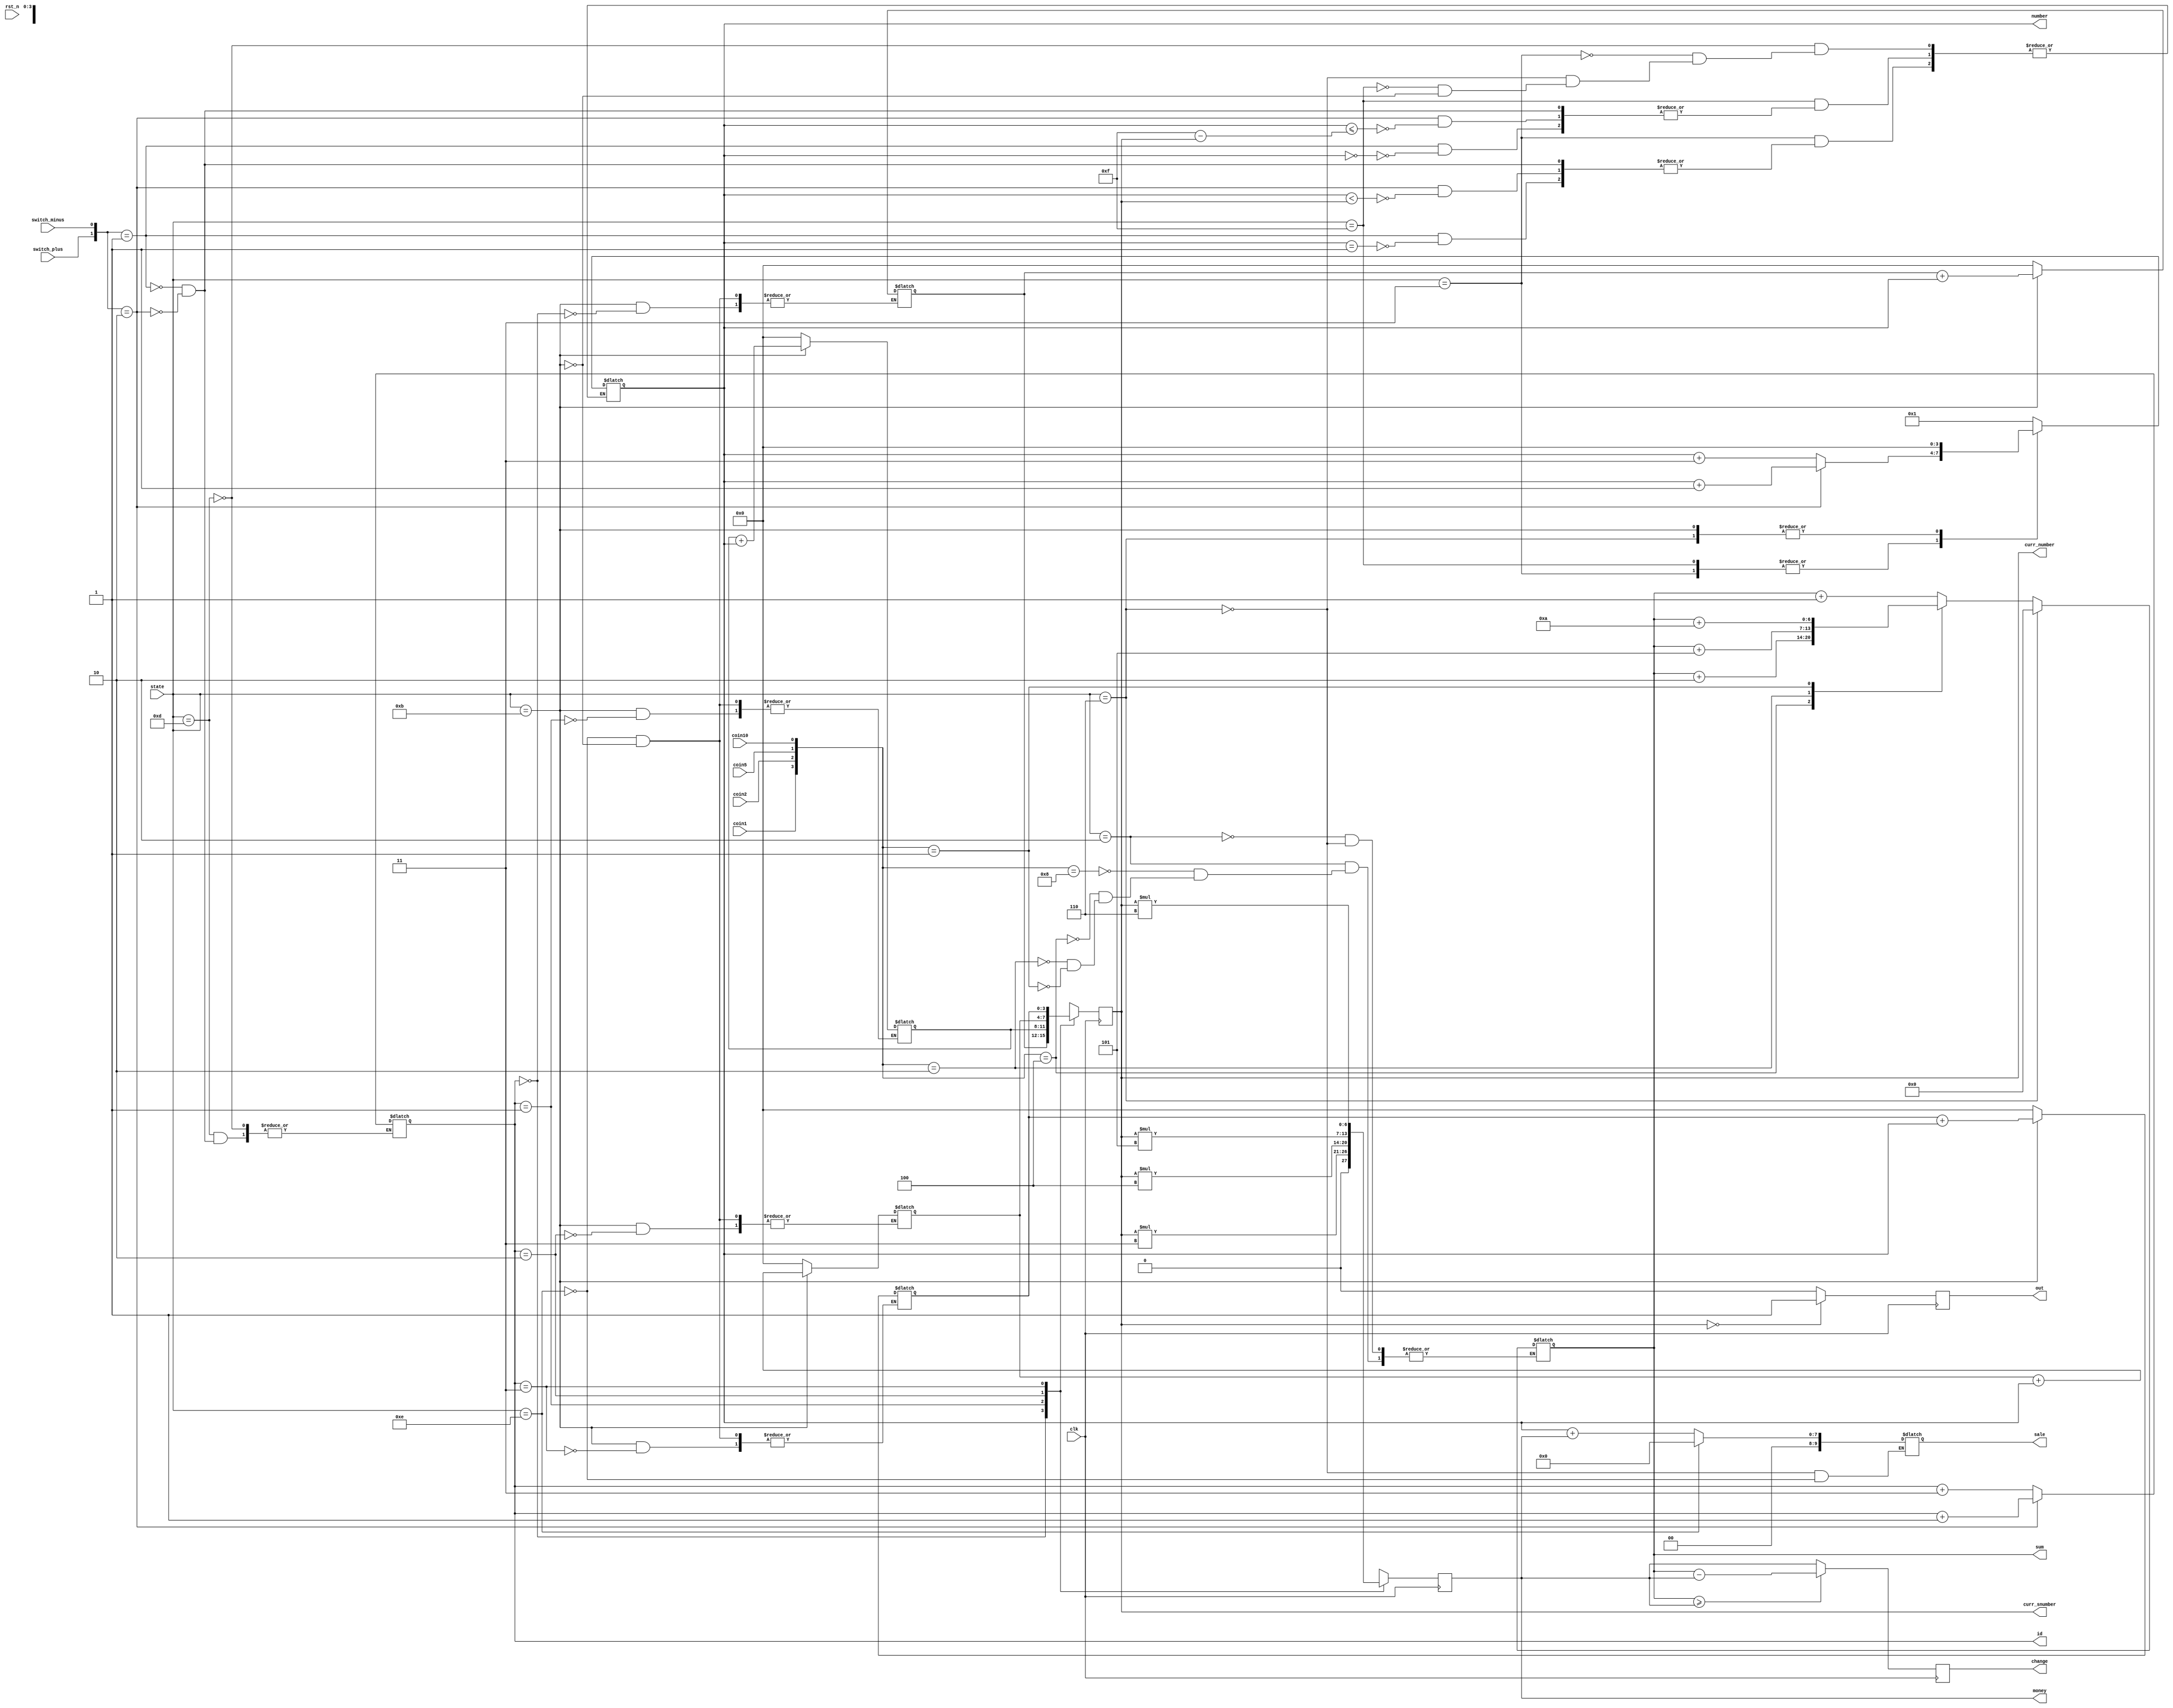
`timescale 1ns / 1ps
//////////////////////////////////////////////////////////////////////////////////
// Company: 
// Engineer: 
// 
// Design Name: 
// Module Name: caculation
// Project Name: 
// Target Devices: 
// Tool Versions: 
// Description: 
// 
// Dependencies: 
// 
// Revision:
// Revision 0.01 - File Created
// Additional Comments:
// 
//////////////////////////////////////////////////////////////////////////////////

/*
id  name    price
        0.  chip    3   
        1.  milk    4
        2.  cola    5
        3.  cake    6
*/

module caculation(clk, rst_n, state, switch_plus, switch_minus, coin1, coin2, coin5, coin10, id, curr_number, curr_snumber, sum, money, change, sale, number,out);
input clk, rst_n, 
      switch_plus, switch_minus, 
      coin1, coin2, coin5, coin10;
input [3:0] state;

output reg [1:0] id;
output reg [3:0]curr_number = 4'b0, curr_snumber = 4'b0;
output reg[6:0]sum, money, change;
output reg [9:0]sale;
output reg out;

output reg [3:0]number;



parameter MAX_NUM = 4'b1111;
//reg [3:0]upb1, upb2;
reg [3:0]number0 = 4'b0, snumber0 = 4'b0, 
         number1 = 4'b0, snumber1 = 4'b0, 
         number2 = 4'b0, snumber2 = 4'b0, 
         number3 = 4'b0, snumber3 = 4'b0;


always@(clk) begin
case (state)
   4'b0001|4'b1101: begin //????????????????????????id
       number = 7'b1;
      case ({switch_plus, switch_minus})
          2'b01: id <= id + 2'b11;
          2'b10: id <= id + 2'b01;
          default: id <= id;
      endcase 
   end
   4'b0011: begin //?"????????????
       case ({switch_plus, switch_minus})
          2'b01: begin
              if (number == 4'b0001) begin
                  number <= number + 2'b11;
              end
          end
          2'b10: begin
              if(number < curr_number) begin
                  number <= number + 2'b01;
              end
          end
          default: number <= number;
       endcase
   end
    4'b0010: begin //??????
        case ({coin1, coin2, coin5, coin10})
            4'b1000: sum <= sum + 7'd1;
            4'b0100: sum <= sum + 7'd2;
            4'b0010: sum <= sum + 7'd5;
            4'b0001: sum <= sum + 7'd10;
            default: sum <= sum;
        endcase
   end
   4'b0110: begin //?"?????????????????? "???'???????"??'????????????????????
       case (id)
       2'b00: snumber0 <= snumber0 + number;
       2'b01: snumber1 <= snumber1 + number;
       2'b10: snumber2 <= snumber2 + number;
       2'b11: snumber3 <= snumber3 + number;
       endcase
       sale <= number + money;
       number <= 4'b0; 
       sum <= 7'b0;
   end
   4'b1111: begin //???? ?????????????
       case ({switch_plus, switch_minus})
          2'b01: begin
              if (number == 4'b0000) begin
                  number <= number + 2'b11;
              end
          end
          2'b10: begin
              if(number <= MAX_NUM - curr_number) begin
                  number <= number + 2'b01;
              end
          end
          default: number <= number;
       endcase
   end
   4'b1110|4'b0000: begin //?????????????????????-??????????"??????
       number0 <= 4'b0;
       number1 <= 4'b0;
       number2 <= 4'b0;
       number3 <= 4'b0;
       snumber0 <= 4'b0;
       snumber1 <= 4'b0;
       snumber2 <= 4'b0;
       snumber3 <= 4'b0;
       sale <= 10'b0;
   end
   4'b1011: begin//????????????????????????
       case (id)
           2'b00: number0 <= number0 + number;
           2'b01: number1 <= number1 + number;
           2'b10: number2 <= number2 + number;
           2'b11: number3 <= number3 + number;
       endcase
       number <= 4'b0;
   end
   default: ;
endcase
end


always@(posedge clk) begin
    case (id)
        2'b00: begin
            curr_number = number0;
            curr_snumber = number0;
        end
        2'b01: begin
            curr_number = number1;
            curr_snumber = number1;
        end
        2'b10: begin
            curr_number = number2;
            curr_snumber = number2;
        end
        2'b11: begin
            curr_number = number3;
            curr_snumber = number3;
        end
    endcase
end

always@(posedge clk) begin
    case (id)
        2'b00: money = curr_number*3;
        2'b01: money = curr_number*4;
        2'b10: money = curr_number*5;
        2'b11: money = curr_number*6;
    endcase
end

always@(posedge clk) begin
    if(sum >= money) begin
        change <= sum - money;
    end
    else begin
        change <= money;
    end 
end

always@(posedge clk) begin
    if(curr_number == 0) begin
        out <= 1'b1;
    end
    else begin
        out <= 1'b0;
    end
end

endmodule